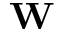
\mathbf { W }